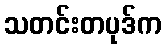
သတင်းတပုဒ်က